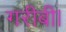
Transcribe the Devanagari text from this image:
गरीबी।